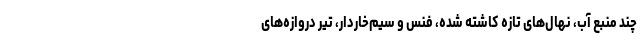
چند منبع آب، نهال‌های تازه کاشته شده، فنس و سیم‌خاردار، تیر دروازه‌های